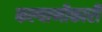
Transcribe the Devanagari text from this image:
कल्याणीकारी